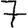
Digit: 7